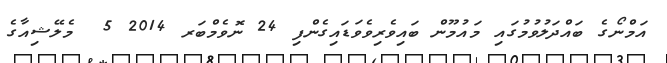
އަމްނޯގެ ބައްދަލުވުމުގައި މައުމޫން ބައިވެރިވެވަޑައިގެންފި 24 ނޮވެމްބަރ 2014 5  މެލޭޝިއާގެ